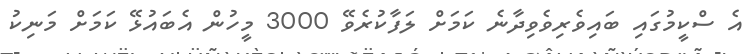
އެ ސްކީމުގައި ބައިވެރިވެވިދާނެ ކަަމަށް ލަފާކުރެވޭ 3000 މީހުން އެބައުޅޭ ކަމަށް މަނިކު